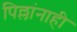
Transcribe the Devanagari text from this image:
पिल्लांनाही